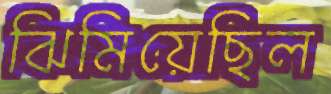
ঝিমিয়েছিল